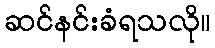
ဆင်နင်းခံရသလို။